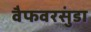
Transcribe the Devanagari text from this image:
वैफवरसुंडा